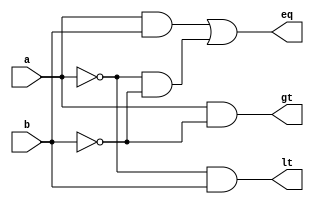
module comparator1(eq, lt, gt, a, b);
  input a, b;
  output eq, lt, gt;

  assign lt = ~a & b; // lt = a'b
  assign gt = a & ~b; // gt = ab'
  assign eq = a & b | ~a & ~b; // eq = ab + a'b'
endmodule